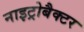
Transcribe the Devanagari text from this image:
नाइट्रोबैक्टर